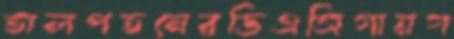
তালপতনেরডিএসিগায়গ